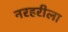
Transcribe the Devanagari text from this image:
नरहरीला